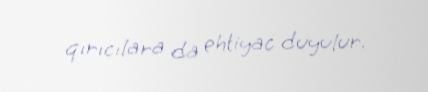
qırıcılara da ehtiyac duyulur.